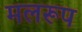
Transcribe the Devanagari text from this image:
मलरूप